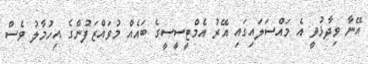
އޭނާ ވިދާޅުވީ އެ މައްސަލައިގައި އޭރު އެމްޓީސީސީގެ ބައެއް މުވައްޒަފުންގެ އިހުމާލު ވެސް